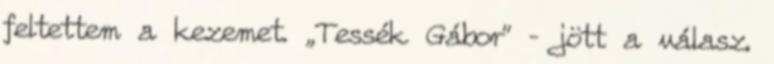
feltettem a kezemet. „Tessék Gábor” – jött a válasz.